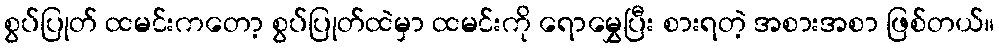
စွပ်ပြုတ် ထမင်းကတော့ စွပ်ပြုတ်ထဲမှာ ထမင်းကို ရောမွှေပြီး စားရတဲ့ အစားအစာ ဖြစ်တယ်။